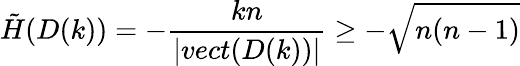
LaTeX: \tilde{H}(D(k))=-\frac{kn}{|vect(D(k))|}\geq-\sqrt{n(n-1)}